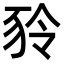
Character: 𧰾